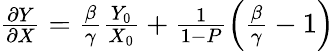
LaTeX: \begin{array}{r}{\frac{\partial Y}{\partial X}=\frac{\beta}{\gamma}\frac{Y_{0}}{X_{0}}+\frac{1}{1-P}\left(\frac{\beta}{\gamma}-1\right)}\end{array}